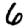
Digit: 6